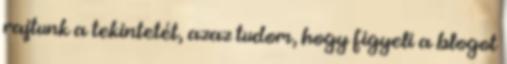
rajtunk a tekintetét, azaz tudom, hogy figyeli a blogot